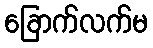
ခြောက်လက်မ